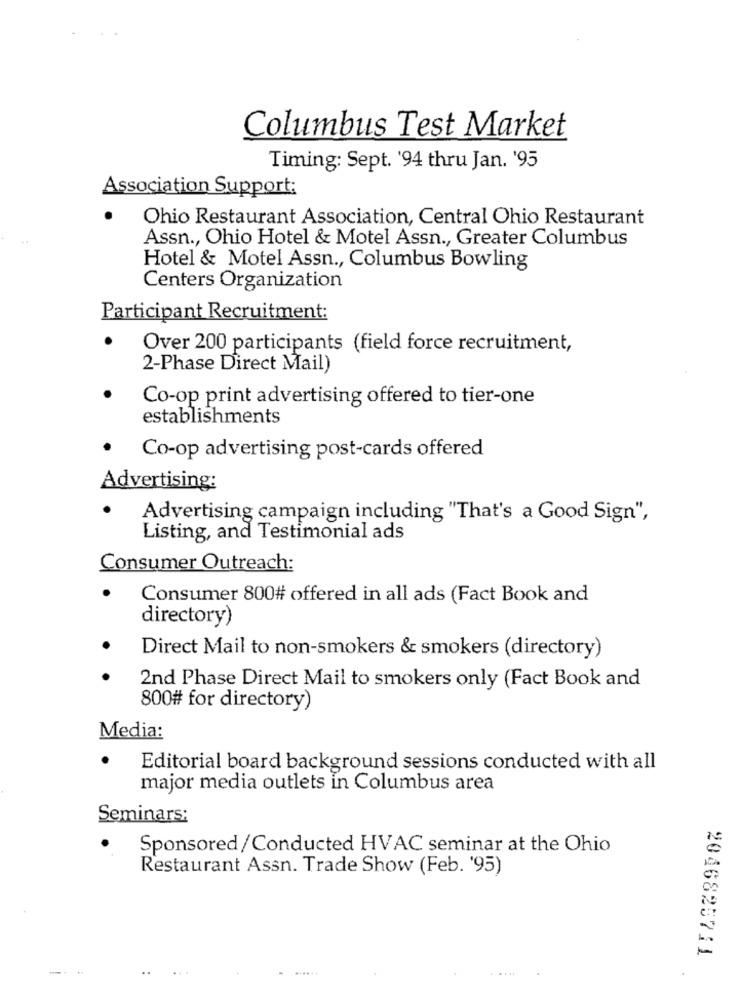
Columbus Test Market
Timing: Sept. '94 thru Jan. '95
Association Support:
Ohio Restaurant Association, Central Ohio Restaurant
Assn ., Ohio Hotel & Motel Assn ., Greater Columbus
Hotel & Motel Assn ., Columbus Bowling
Centers Organization
Participant Recruitment:
Over 200 participants (field force recruitment,
2-Phase Direct Mail)
Co-op print advertising offered to tier-one
establishments
Co-op advertising post-cards offered
Advertising:
Advertising campaign including "That's a Good Sign",
Listing, and Testimonial ads
Consumer Outreach:
Consumer 800# offered in all ads (Fact Book and
directory)
Direct Mail to non-smokers & smokers (directory)
2nd Phase Direct Mail to smokers only (Fact Book and
800# for directory)
Media:
Editorial board background sessions conducted with all
major media outlets in Columbus area
Seminars:
Sponsored/Conducted HVAC seminar at the Ohio
Restaurant Assn. Trade Show (Feb. '95)
2046825711
.....